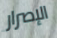
الإصرار